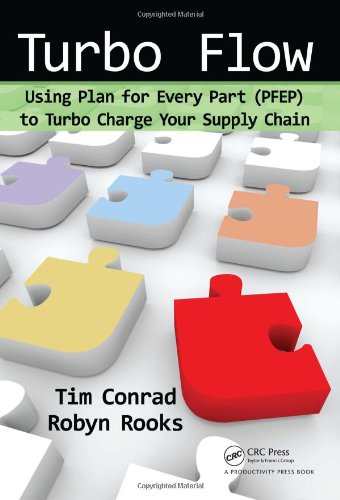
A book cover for Turbo Flow: Using Plan for Every Part (PFEP) to Turbo Charge Your Supply Chain; Tim Conrad; Business & Money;